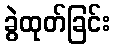
ခွဲထုတ်ခြင်း